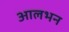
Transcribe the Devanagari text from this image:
आलभन